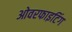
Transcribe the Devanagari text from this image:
ओवरफाइटिंग